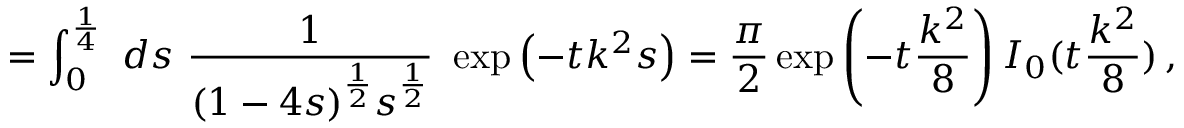
= \int _ { 0 } ^ { \frac 1 4 } \ d s \ \frac { 1 } { ( 1 - 4 s ) ^ { \frac 1 2 } s ^ { \frac 1 2 } } \ \exp \left( - t k ^ { 2 } s \right) = \frac { \pi } { 2 } \exp \left( - t \frac { k ^ { 2 } } { 8 } \right) I _ { 0 } ( t \frac { k ^ { 2 } } { 8 } ) \, ,